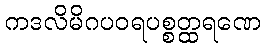
ကဒလိမိဂပဝရပစ္စတ္ထရဏေ